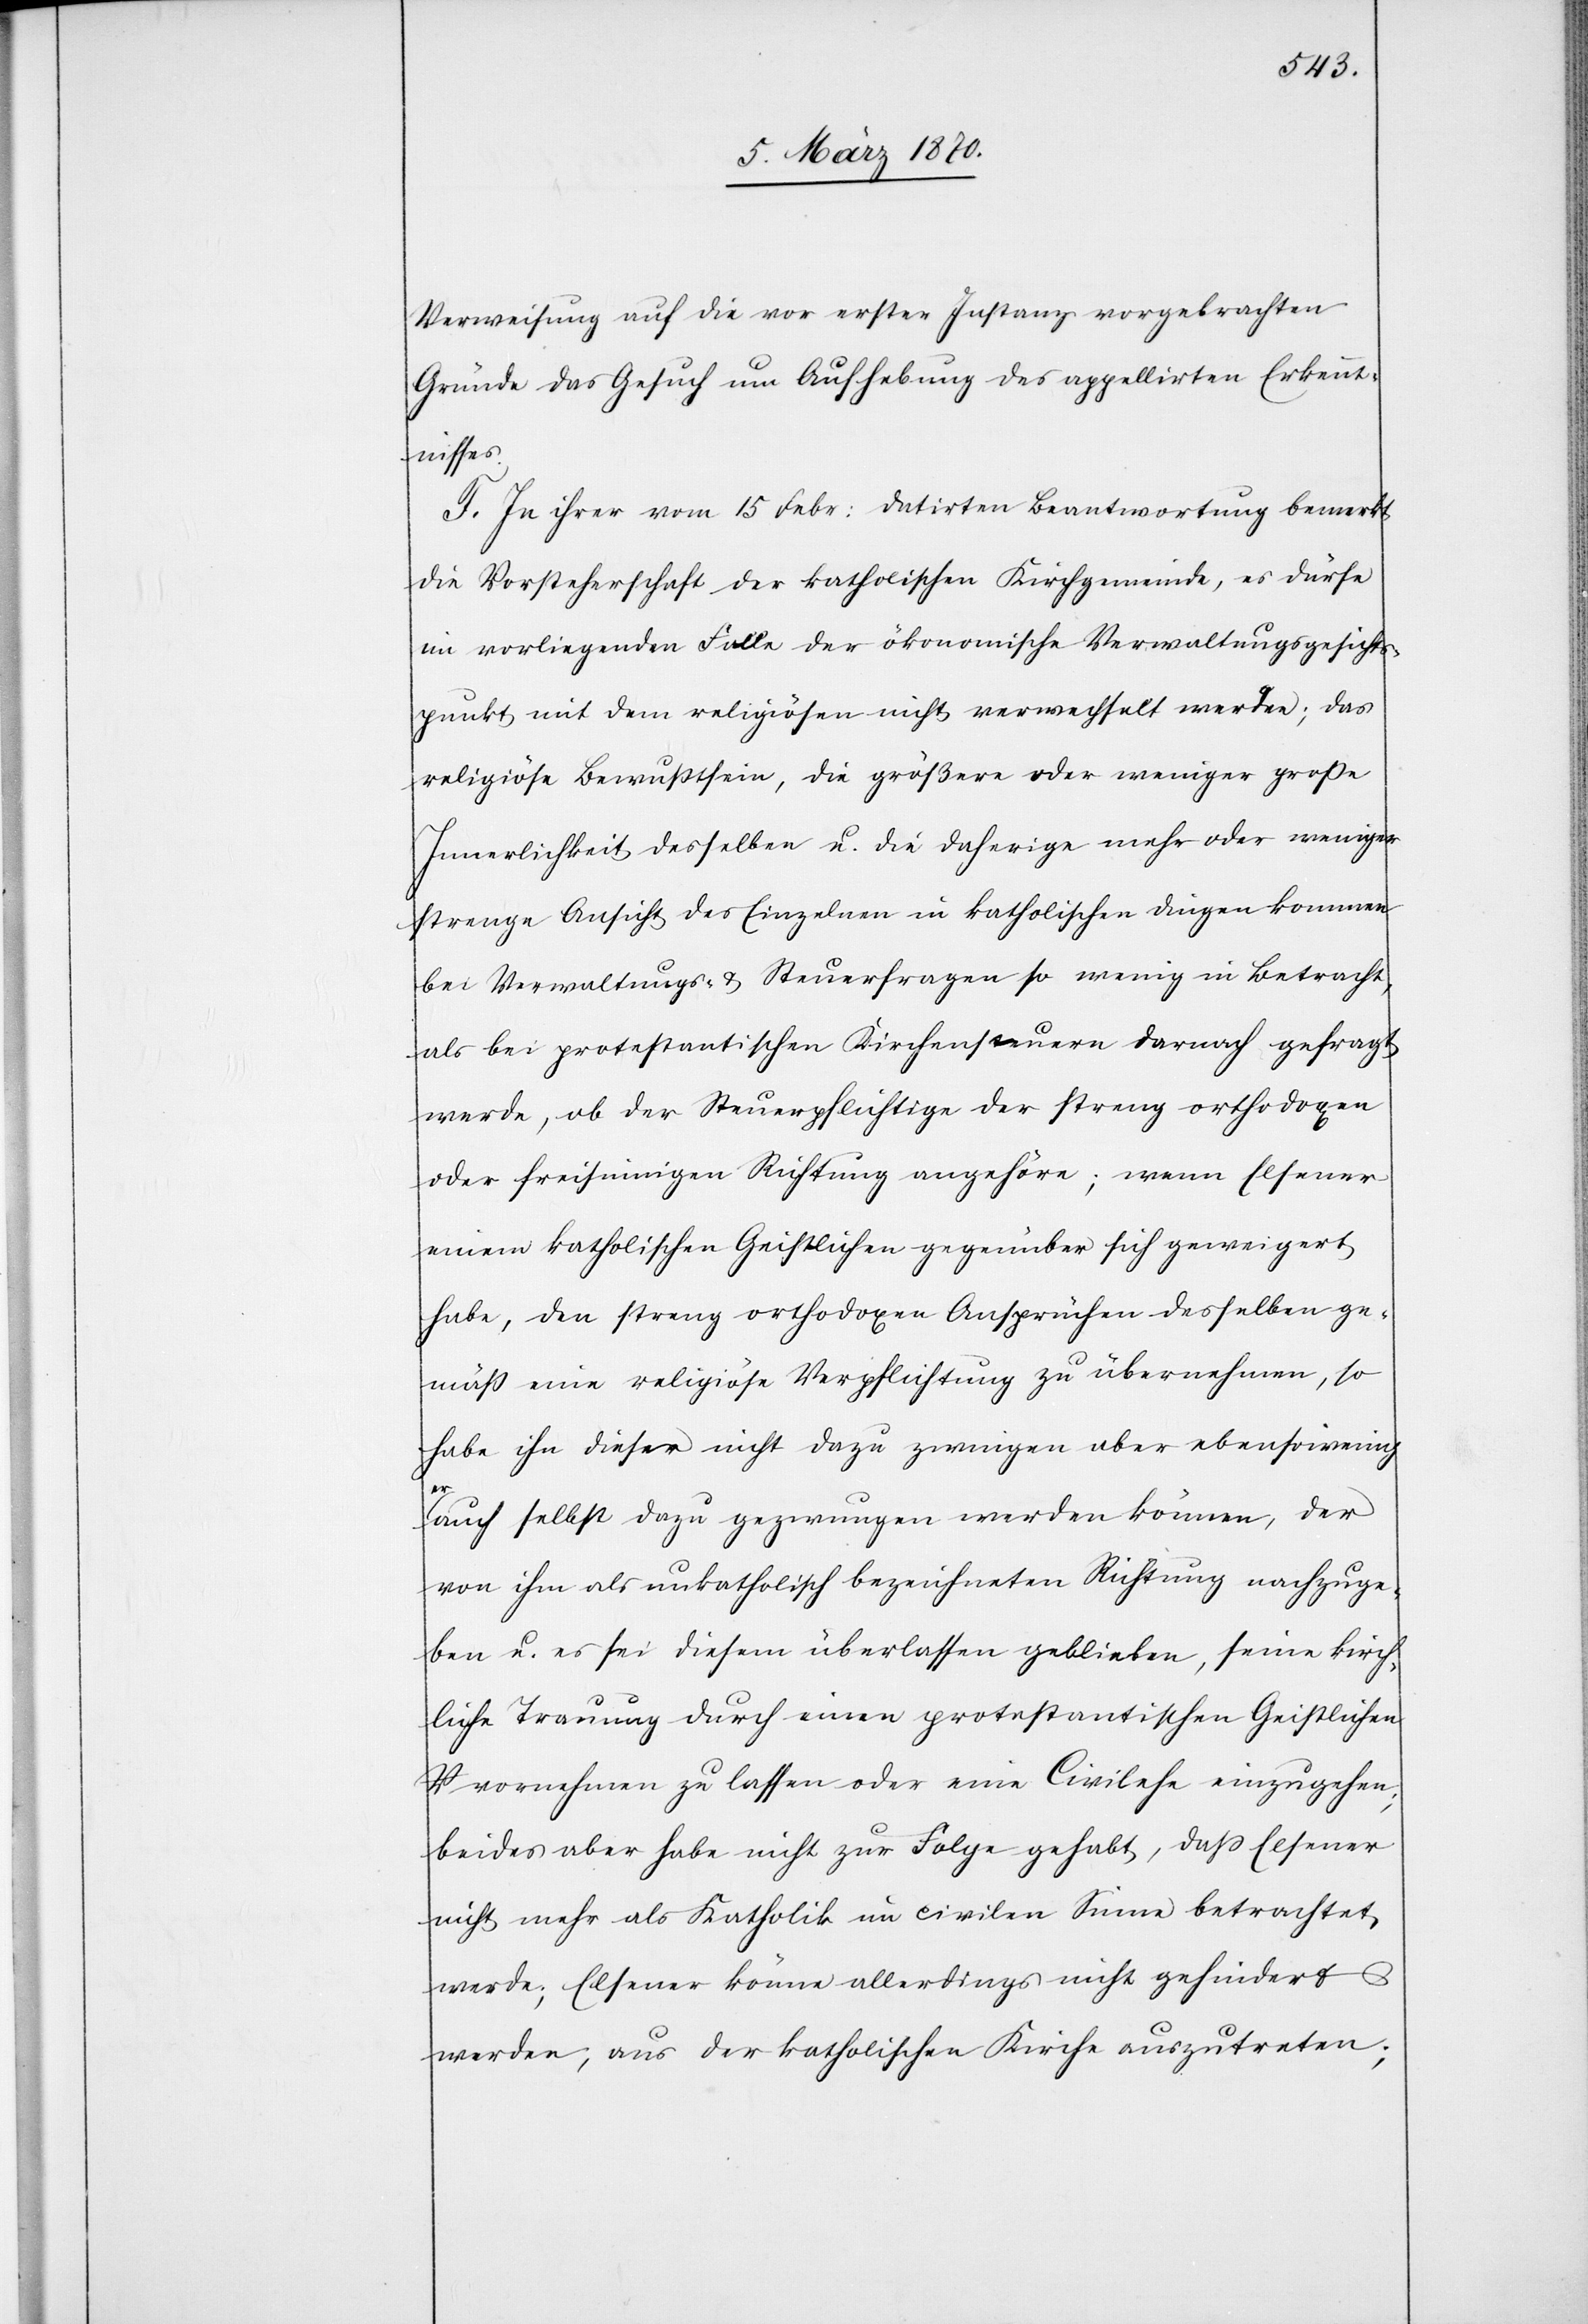
Verweisung auf die vor erster Instanz vorgebrachten
Gründe das Gesuch um Aufhebung des appellirten Erkennt¬
nisses.
F. In ihrer vom 15 Febr: datirten Beantwortung bemerkt
die Vorsteherschaft der katholischen Kirchgemeinde, es dürfe
im vorliegenden Falle der ökonomische Verwaltungsgesichts¬
punkt mit dem religiösen nicht verwechselt werden; das
religiöse Bewußtsein, die größere oder weniger große
Innerlichkeit desselben u. die daherige mehr oder weniger
strenge Ansicht des Einzelnen in katholischen Dingen kommen
bei Verwaltungs- & Steuerfragen so wenig in Betracht,
als bei protestantischen Kirchensteuern darnach gefragt
werde, ob der Steuerpflichtige der streng orthodoxen
oder freisinnigen Richtung angehöre; wenn Elsener
einem katholischen Geistlichen gegenüber sich geweigert
habe, den streng orthodoxen Ansprüchen desselben ge¬
mäß eine religiöse Verpflichtung zu übernehmen, so
habe ihn dieser nicht dazu zwingen aber ebensowen¬
ig
auch selbst dazu gezwungen werden können, der
von ihm als unkatholisch bezeichneten Richtung nachzuge¬
ben u. es sei diesem überlassen geblieben, seine kirch¬
liche Trauung durch einen protestantischen Geistlichen
vornehmen zu lassen oder eine Civilehe einzugehen;
beides aber habe nicht zur Folge gehabt, daß Elsener
nicht mehr als Katholik im civilen Sinne betrachtet
werde; Elsener könne allerdings nicht gehindert
werden, aus der katholischen Kirche auszutreten;